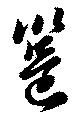
邕